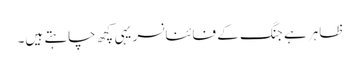
ظاہر ہے جنگ کے فائنانسر یہی کچھ چاہتے ہیں۔